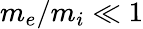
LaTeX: m_{e}/m_{i}\ll 1